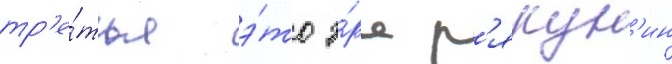
тр'е́тья э́то э́ра р'якун'ин